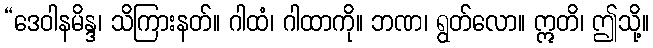
“ဒေဝါနမိန္ဒ၊ သိကြားနတ်။ ဂါထံ၊ ဂါထာကို။ ဘဏ၊ ရွတ်လော။ ဣတိ၊ ဤသို့။